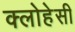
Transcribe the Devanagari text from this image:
क्लोहेसी